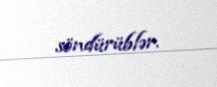
söndürüblər.